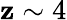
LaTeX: \mathbf{z}\sim4